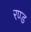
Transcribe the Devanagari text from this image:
रण्ड